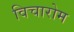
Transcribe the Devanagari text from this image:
विचारोम